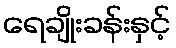
ရေချိုးခန်းနှင့်